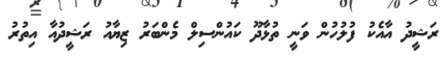
ރަޝީދު އާއެކު ފުލުހުން ވަނީ ތުޅާދޫ ކައުންސިލް މެންބަރު ޒިޔާއު ރަޝީދުއާ އިތުރު